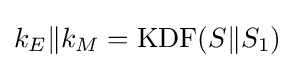
k_{E}\|k_{M}={\textrm {KDF}}(S\|S_{1})